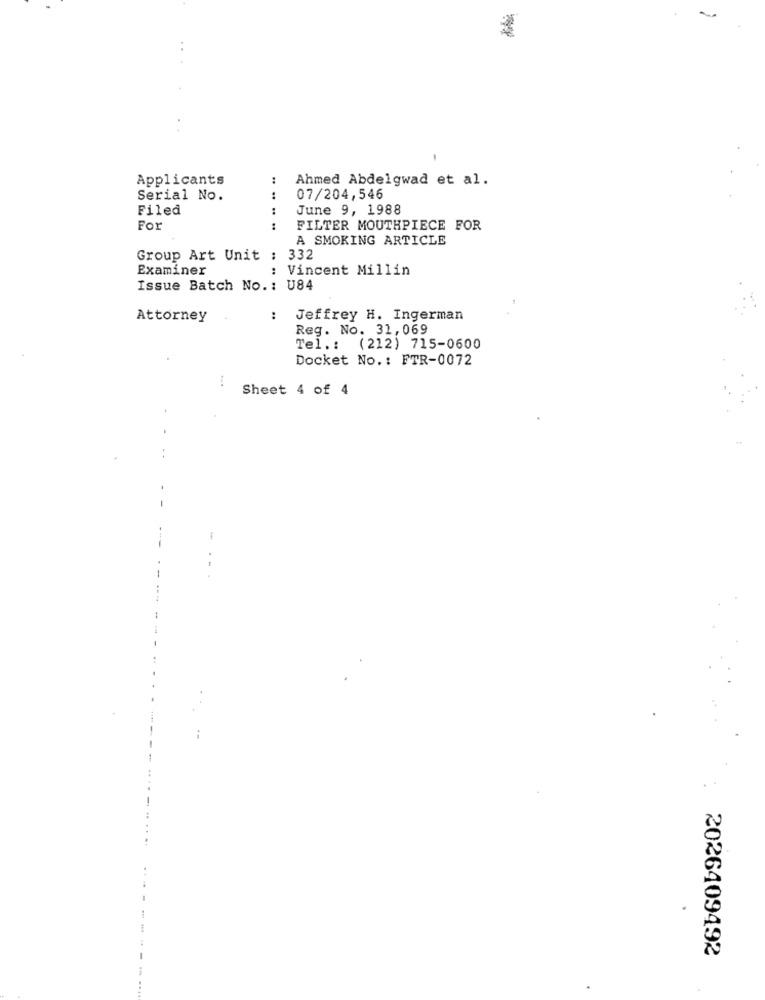
Applicants
Ahmed Abdelgwad et al.
Serial No.
.. ..
07/204,546
Filed
June 9, 1988
For
:
FILTER MOUTHPIECE FOR
A SMOKING ARTICLE
Group Art Unit :
332
Examiner
: Vincent Millin
Issue Batch No. : U84
Attorney
..
Jeffrey H. Ingerman
Reg. No. 31,069
Tel .: (212) 715-0600
Docket No .: FTR-0072
Sheet 4 of 4
2026409492